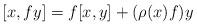
LaTeX: \begin{align*}[x, fy] = f [x,y] + (\rho(x) f) y\end{align*}